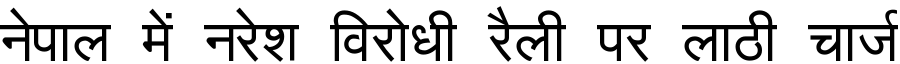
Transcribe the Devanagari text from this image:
नेपाल में नरेश विरोधी रैली पर लाठी चार्ज